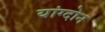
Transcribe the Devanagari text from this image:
यांग्दोन